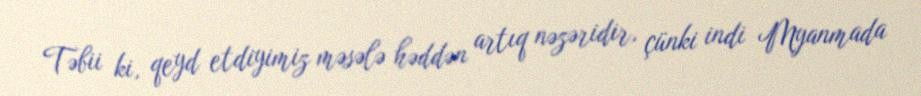
Təbii ki, qeyd etdiyimiz məsələ həddən artıq nəzəridir, çünki indi Myanmada